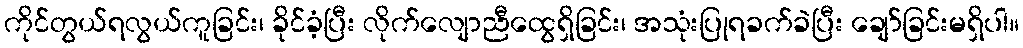
ကိုင်တွယ်ရလွယ်ကူခြင်း၊ ခိုင်ခံ့ပြီး လိုက်လျောညီထွေရှိခြင်း၊ အသုံးပြုရခက်ခဲပြီး ချော်ခြင်းမရှိပါ။